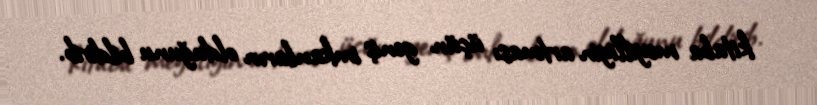
kitaba meyilliyin artması üçün geniş imkanların olduğunu bildirib.